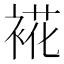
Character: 𮖏